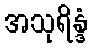
အသုရိန္ဒံ